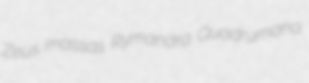
Zeus massas Rymandra Quadrumana